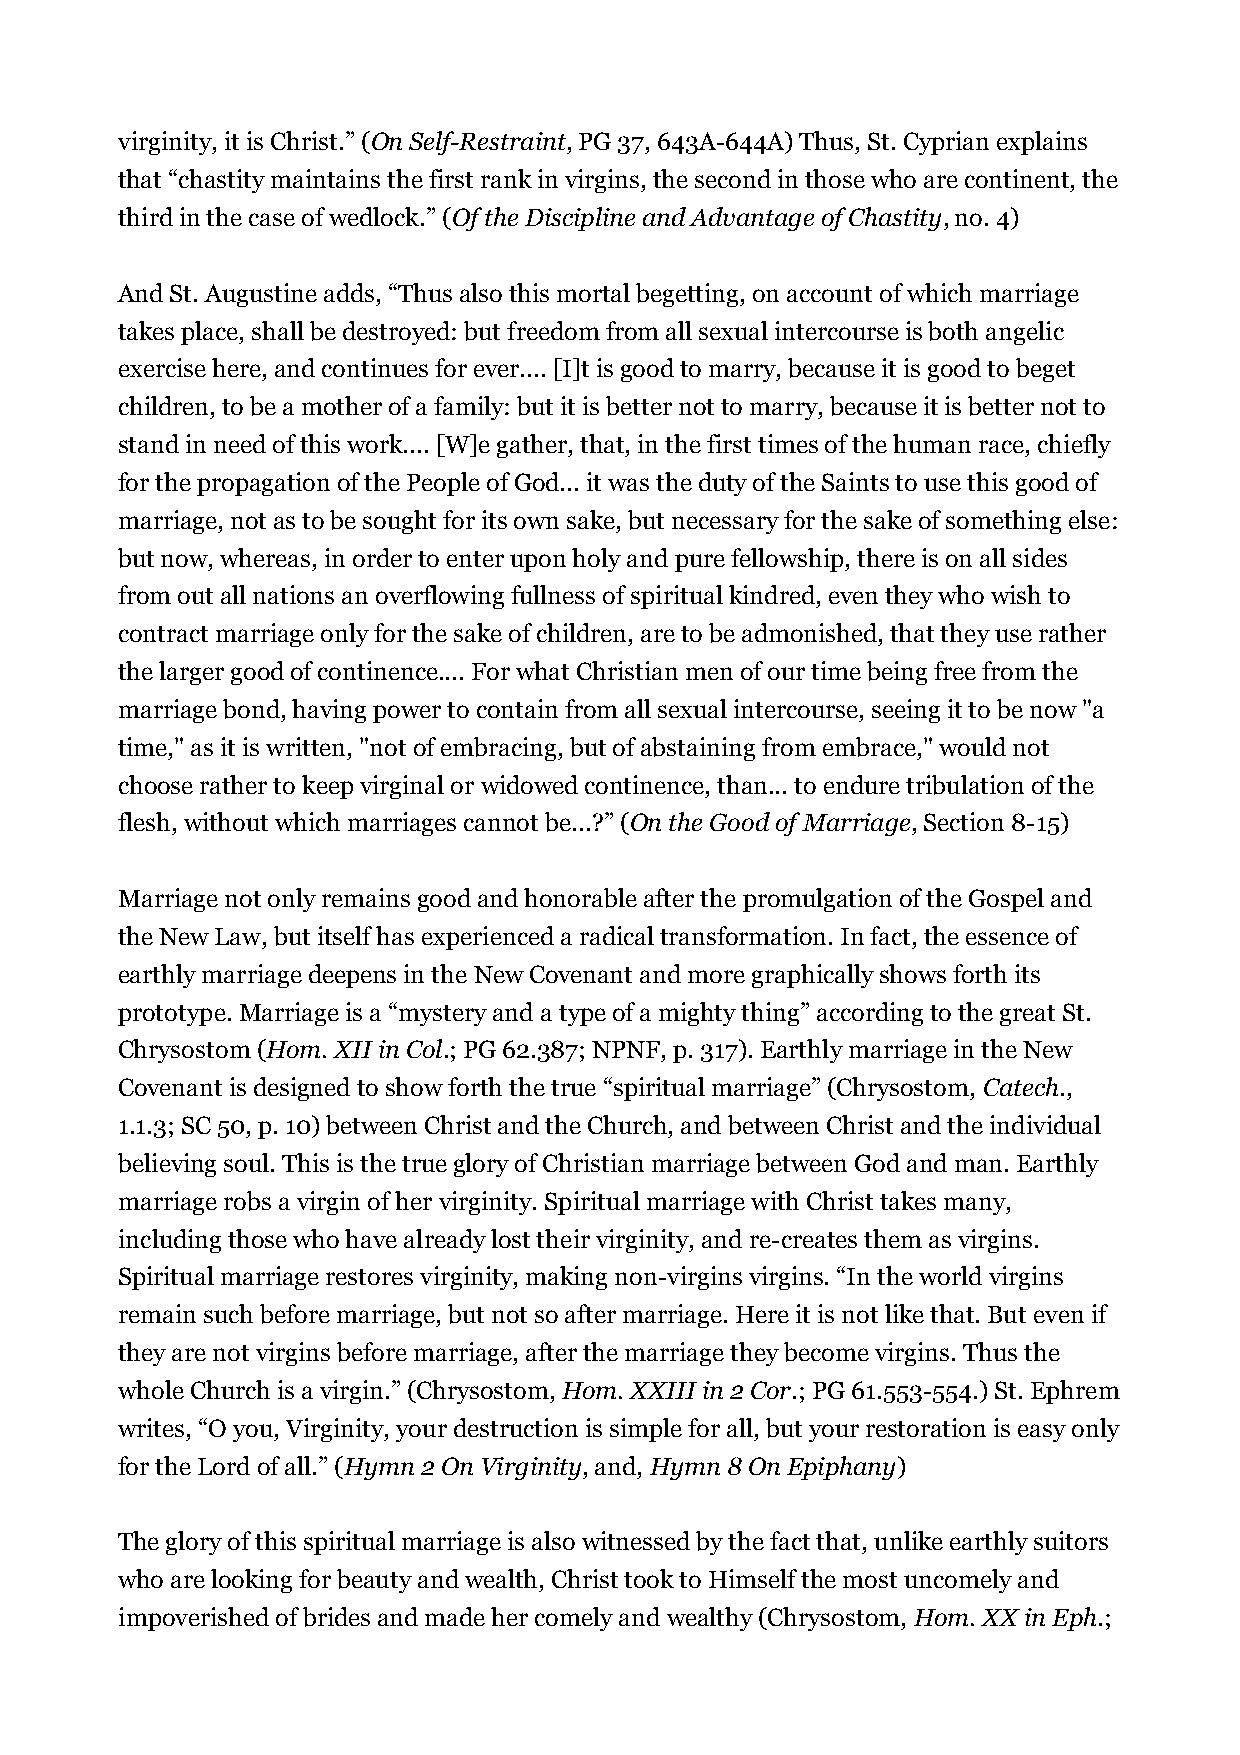
virginity, it is Christ.” (On Self-Restraint, PG 37, 643A-644A) Thus, St. Cyprian explains
 that “chastity maintains the first rank in virgins, the second in those who are continent, the
 third in the case of wedlock.” (Of the Discipline and Advantage of Chastity, no. 4)
 And St. Augustine adds, “Thus also this mortal begetting, on account of which marriage
 takes place, shall be destroyed: but freedom from all sexual intercourse is both angelic
 exercise here, and continues for ever.... [I]t is good to marry, because it is good to beget
 children, to be a mother of a family: but it is better not to marry, because it is better not to
 stand in need of this work.... [W]e gather, that, in the first times of the human race, chiefly
 for the propagation of the People of God... it was the duty of the Saints to use this good of
 marriage, not as to be sought for its own sake, but necessary for the sake of something else:
 but now, whereas, in order to enter upon holy and pure fellowship, there is on all sides
 from out all nations an overflowing fullness of spiritual kindred, even they who wish to
 contract marriage only for the sake of children, are to be admonished, that they use rather
 the larger good of continence.... For what Christian men of our time being free from the
 marriage bond, having power to contain from all sexual intercourse, seeing it to be now "a
 time," as it is written, "not of embracing, but of abstaining from embrace," would not
 choose rather to keep virginal or widowed continence, than... to endure tribulation of the
 flesh, without which marriages cannot be...?” (On the Good of Marriage, Section 8-15)
 Marriage not only remains good and honorable after the promulgation of the Gospel and
 the New Law, but itself has experienced a radical transformation. In fact, the essence of
 earthly marriage deepens in the New Covenant and more graphically shows forth its
 prototype. Marriage is a “mystery and a type of a mighty thing” according to the great St.
 Chrysostom (Hom. XII in Col.; PG 62.387; NPNF, p. 317). Earthly marriage in the New
 Covenant is designed to show forth the true “spiritual marriage” (Chrysostom, Catech.,
 1.1.3; SC 50, p. 10) between Christ and the Church, and between Christ and the individual
 believing soul. This is the true glory of Christian marriage between God and man. Earthly
 marriage robs a virgin of her virginity. Spiritual marriage with Christ takes many,
 including those who have already lost their virginity, and re-creates them as virgins.
 Spiritual marriage restores virginity, making non-virgins virgins. “In the world virgins
 remain such before marriage, but not so after marriage. Here it is not like that. But even if
 they are not virgins before marriage, after the marriage they become virgins. Thus the
 whole Church is a virgin.” (Chrysostom, Hom. XXIII in 2 Cor.; PG 61.553-554.) St. Ephrem
 writes, “O you, Virginity, your destruction is simple for all, but your restoration is easy only
 for the Lord of all.” (Hymn 2 On Virginity, and, Hymn 8 On Epiphany)
 The glory of this spiritual marriage is also witnessed by the fact that, unlike earthly suitors
 who are looking for beauty and wealth, Christ took to Himself the most uncomely and
 impoverished of brides and made her comely and wealthy (Chrysostom, Hom. XX in Eph.;